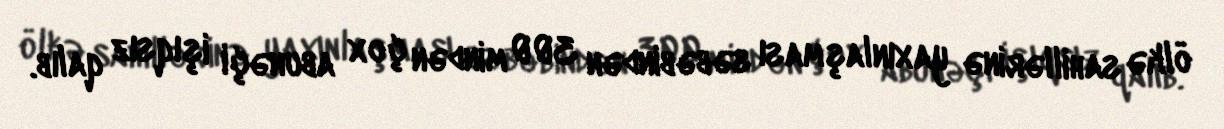
ölkə sahillərinə yaxınlaşması səbəbindən 300 mindən çox abunəçi işıqsız qalıb.